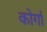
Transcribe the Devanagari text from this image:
कोर्गा